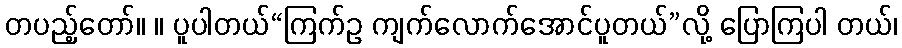
တပည့်တော်။ ။ ပူပါတယ်“ကြက်ဥ ကျက်လောက်အောင်ပူတယ်”လို့ ပြောကြပါ တယ်၊